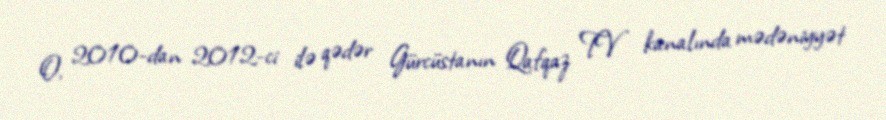
O, 2010-dan 2012-ci ilə qədər Gürcüstanın Qafqaz TV kanalında mədəniyyət